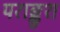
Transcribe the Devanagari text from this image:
पराङ्कुश